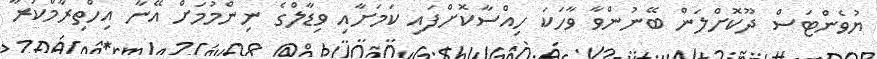
ޔުވެންޓަސް ދޫކޮށްލަން ބޭނުންވާ ވާހަކަ ހިއްސާކޮށްފައި ކަމަށާއި ވިޑާލްގެ ނިންމުމަށް އޭނާ އިހްތިރާމްކުރާ